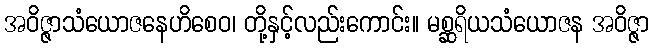
အဝိဇ္ဇာသံယောဇနေဟိစေဝ၊ တို့နှင့်လည်းကောင်း။ မစ္ဆရိယသံယောဇန အဝိဇ္ဇာ